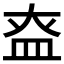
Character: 𰤶